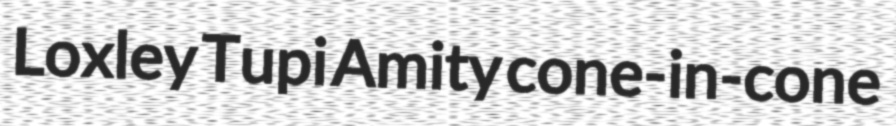
Loxley Tupi Amity cone-in-cone